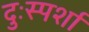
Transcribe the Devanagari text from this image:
दुःस्पर्शा